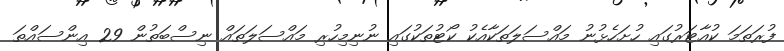
ފުރަތަމަ ކުއާޓަރުގައި ހުށަހެޅުނު މައްސަލަތަކާއެކު ކޯޓުތަކުގައި ނުނިމިހުރި މައްސަލަތައް ނިސްބަތުން 29 އިންސައްތަ